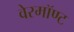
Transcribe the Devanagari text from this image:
वेरमॉण्ट